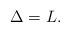
LaTeX: \begin{align*}\Delta=L.\end{align*}